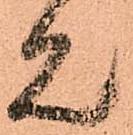
見